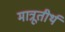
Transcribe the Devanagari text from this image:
मात्रूतीर्थ